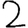
Digit: 2